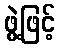
ဖွဲ့ဖြင့်